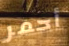
أحمر